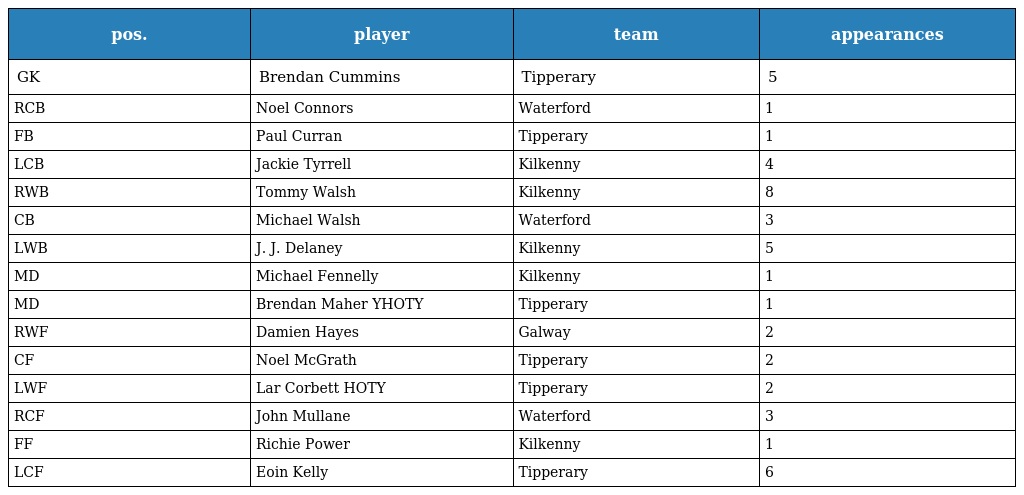
| pos. | player | team | appearances |
 | --- | --- | --- | --- |
 | GK | Brendan Cummins | Tipperary | 5 |
 | RCB | Noel Connors | Waterford | 1 |
 | FB | Paul Curran | Tipperary | 1 |
 | LCB | Jackie Tyrrell | Kilkenny | 4 |
 | RWB | Tommy Walsh | Kilkenny | 8 |
 | CB | Michael Walsh | Waterford | 3 |
 | LWB | J. J. Delaney | Kilkenny | 5 |
 | MD | Michael Fennelly | Kilkenny | 1 |
 | MD | Brendan Maher YHOTY | Tipperary | 1 |
 | RWF | Damien Hayes | Galway | 2 |
 | CF | Noel McGrath | Tipperary | 2 |
 | LWF | Lar Corbett HOTY | Tipperary | 2 |
 | RCF | John Mullane | Waterford | 3 |
 | FF | Richie Power | Kilkenny | 1 |
 | LCF | Eoin Kelly | Tipperary | 6 |